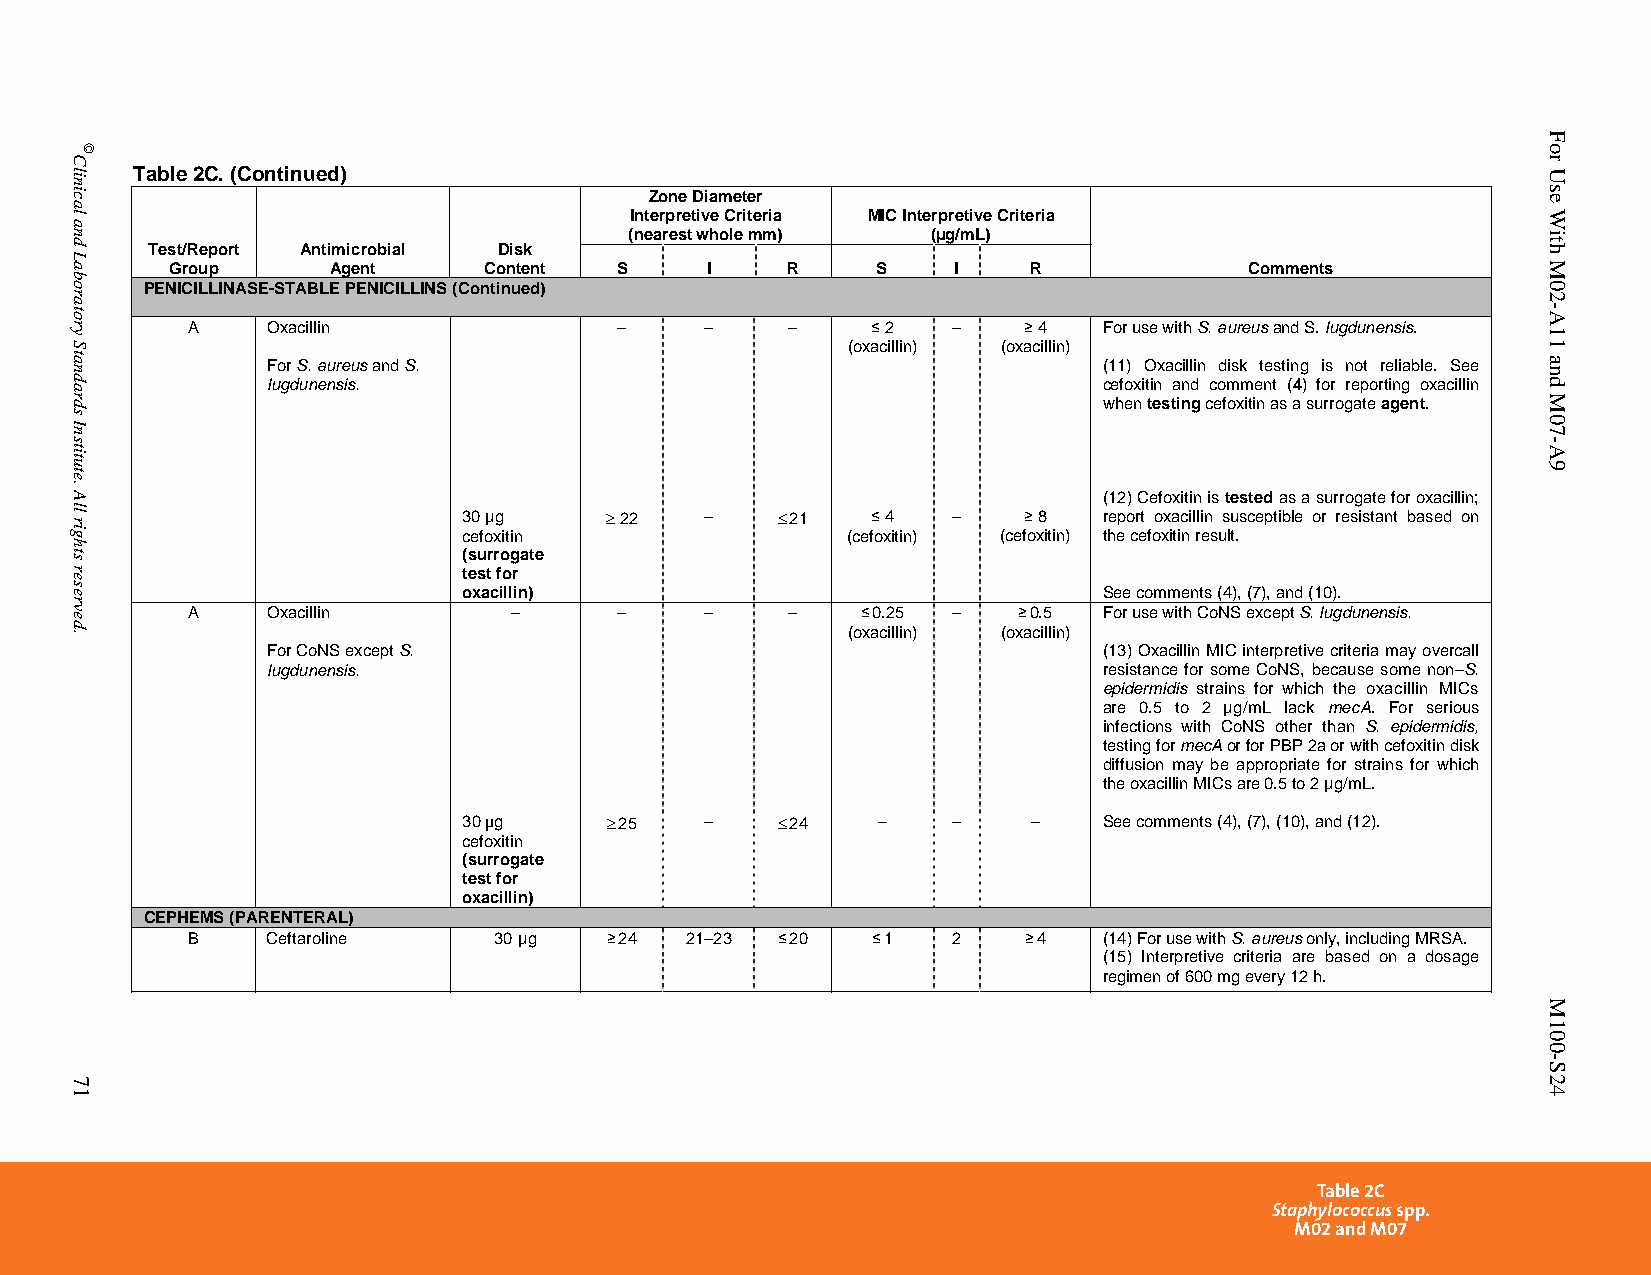
Table 2C. (Continued)
 Zone Diameter
 Interpretive Criteria MIC Interpretive Criteria
 (nearest whole mm)  (µg/mL)
 Test/Report Antimicrobial Disk
 Group      Agent     Content  S     I    R     S    I    R              Comments
 PENICILLINASE-STABLE PENICILLINS (Continued)
 A     Oxacillin              –     –    –     ≤ 2  –    ≥ 4  For use with S. aureus and S. lugdunensis.
 (oxacillin) (oxacillin)
 For S. aureus and S.                                   (11) Oxacillin disk testing is not reliable. See
 lugdunensis.                                           cefoxitin and comment (4) for reporting oxacillin
 when testing cefoxitin as a surrogate agent.
 (12) Cefoxitin is tested as a surrogate for oxacillin;
 30 µg     22   –    21   ≤ 4  –    ≥ 8  report oxacillin susceptible or resistant based on
 cefoxitin                (cefoxitin) (cefoxitin) the cefoxitin result.
 (surrogate
 test for
 oxacillin)                                See comments (4), (7), and (10).
 A     Oxacillin       –      –     –    –    ≤ 0.25 –  ≥ 0.5 For use with CoNS except S. lugdunensis.
 (oxacillin) (oxacillin)
 For CoNS except S.                                     (13) Oxacillin MIC interpretive criteria may overcall
 lugdunensis.                                           resistance for some CoNS, because some non–S.
 epidermidis strains for which the oxacillin MICs
 are 0.5 to 2 µg/mL lack mecA. For serious
 infections with CoNS other than S. epidermidis,
 testing for mecA or for PBP 2a or with cefoxitin disk
 diffusion may be appropriate for strains for which
 the oxacillin MICs are 0.5 to 2 µg/mL.
 30 µg     25   –    24   –    –    –    See comments (4), (7), (10), and (12).
 cefoxitin
 (surrogate
 test for
 oxacillin)
 CEPHEMS (PARENTERAL)
 B     Ceftaroline    30µg   ≥ 24 21–23 ≤ 20   ≤ 1  2    ≥ 4  (14) For use with S. aureus only, including MRSA.
 (15) Interpretive criteria are based on a dosage
 regimen of 600 mg every 12 h.
 Table 2C
 Staphylococcus spp.
 M02 and M07
 PublishedOn1/1/2014. Thisdocumentisprotectedbycopyright.
 Clinical
 and
 Laboratory
 Standards
 Institute.
 All
 rights
 reserved.
 71
 ©
 For
 Use
 With
 M02-A11
 and
 M07-A9
 M100-S24